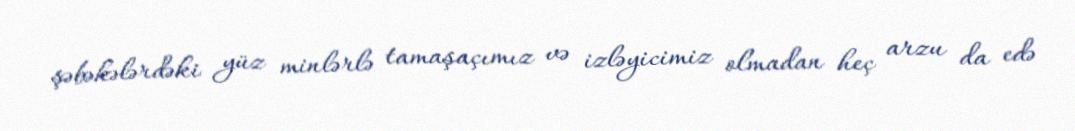
şəbəkələrdəki yüz minlərlə tamaşaçımız və izləyicimiz olmadan heç arzu da edə